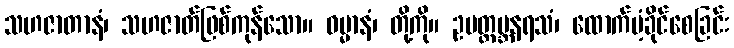
သဟဇာတာနံ၊ သဟဇာတ်ဖြစ်ကုန်သော။ ဓမ္မာနံ၊ တို့ကို။ ဥပတ္ထမ္ဘနရသံ၊ ထောက်ပံ့ခိုင်စေခြင်း